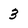
Character: 3